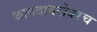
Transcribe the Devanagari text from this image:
कागदाबरोबरच